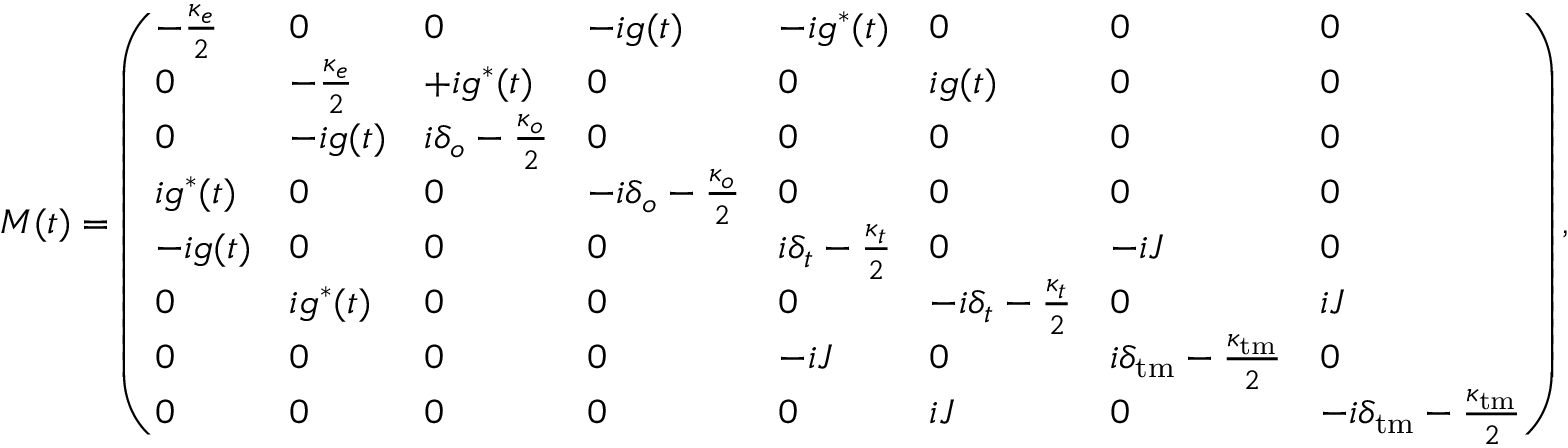
M ( t ) = \left( \begin{array} { l l l l l l l l } { - \frac { \kappa _ { e } } { 2 } } & { 0 } & { 0 } & { - i g ( t ) } & { - i g ^ { * } ( t ) } & { 0 } & { 0 } & { 0 } \\ { 0 } & { - \frac { \kappa _ { e } } { 2 } } & { + i g ^ { * } ( t ) } & { 0 } & { 0 } & { i g ( t ) } & { 0 } & { 0 } \\ { 0 } & { - i g ( t ) } & { i \delta _ { o } - \frac { \kappa _ { o } } { 2 } } & { 0 } & { 0 } & { 0 } & { 0 } & { 0 } \\ { i g ^ { * } ( t ) } & { 0 } & { 0 } & { - i \delta _ { o } - \frac { \kappa _ { o } } { 2 } } & { 0 } & { 0 } & { 0 } & { 0 } \\ { - i g ( t ) } & { 0 } & { 0 } & { 0 } & { i \delta _ { t } - \frac { \kappa _ { t } } { 2 } } & { 0 } & { - i J } & { 0 } \\ { 0 } & { i g ^ { * } ( t ) } & { 0 } & { 0 } & { 0 } & { - i \delta _ { t } - \frac { \kappa _ { t } } { 2 } } & { 0 } & { i J } \\ { 0 } & { 0 } & { 0 } & { 0 } & { - i J } & { 0 } & { i \delta _ { \mathrm { t m } } - \frac { \kappa _ { \mathrm { t m } } } { 2 } } & { 0 } \\ { 0 } & { 0 } & { 0 } & { 0 } & { 0 } & { i J } & { 0 } & { - i \delta _ { \mathrm { t m } } - \frac { \kappa _ { \mathrm { t m } } } { 2 } } \end{array} \right) ,